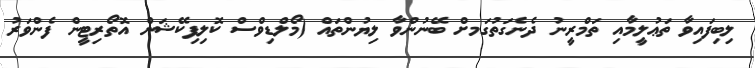
ލިބިފައިވާ ތަޢުލީމާއި ތަމްރީނު ދެނެގަތުގަމށް ބޭނުންވާ ލިޔުންތައް (މޯލްޑިވްސް ކޮލިފިކޭޝަން އޮތޯރިޓީން ފެންވަރު